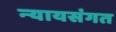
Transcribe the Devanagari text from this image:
न्‍यायसंगत